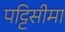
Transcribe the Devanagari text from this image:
पट्टिसीमा